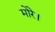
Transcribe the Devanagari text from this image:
मोरे।